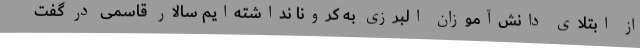
از ابتلای دانش‌آموزان البرزی به کرونا نداشته‌ایم سالار قاسمی در گفت